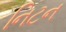
નિટન